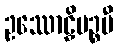
ဥဿောဠှိပဉ္စမီ